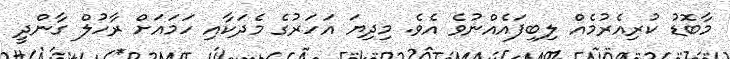
މާބޮޑު ކުރިއެރުމެއް ލިބިފައެއްނުވެ އެވެ. މިދިޔަ އަހަރުގެ މެދަކާއި ހަމައަށް ރާހުލް ގާންދީ